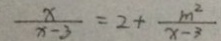
\frac { x } { x - 3 } = 2 + \frac { m ^ { 2 } } { x - 3 }